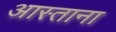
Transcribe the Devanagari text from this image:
आस्ताना